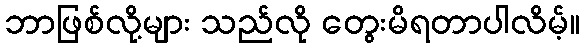
ဘာဖြစ်လို့များ သည်လို တွေးမိရတာပါလိမ့်။